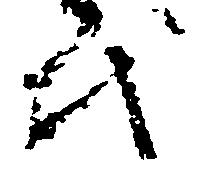
代